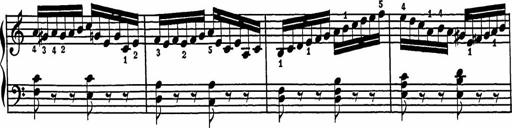
Title: 2 Sonatines
Composer: Richard Zeckwer